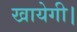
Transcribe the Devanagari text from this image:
खायेगी।